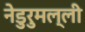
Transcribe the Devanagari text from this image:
नेडुरुमल्ली